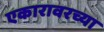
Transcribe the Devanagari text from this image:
एकारावरच्या